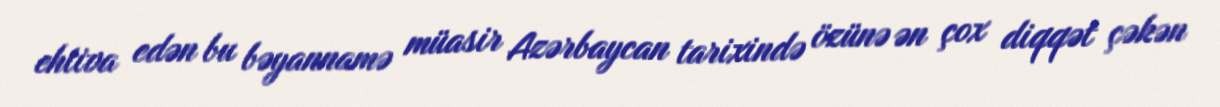
ehtiva edən bu bəyannamə müasir Azərbaycan tarixində özünə ən çox diqqət çəkən